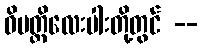
ဝိပတ္တိလေးပါးတို့တွင် --